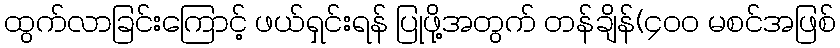
ထွက်လာခြင်းကြောင့် ဖယ်ရှင်းရန် ပြုဖို့အတွက် တန်ချိန်(၄၀၀ မစင်အဖြစ်